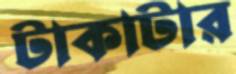
টাকাটার